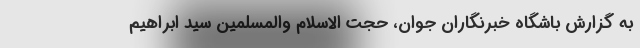
به گزارش باشگاه خبرنگاران جوان، حجت الاسلام والمسلمین سید ابراهیم